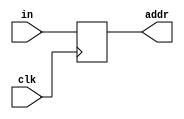
`timescale 1ns / 1ps
//////////////////////////////////////////////////////////////////////////////////
// Company: 
// Engineer: 
// 
// Design Name: 
// Module Name: PC
// Project Name: 
// Target Devices: 
// Tool Versions: 
// Description: 
// 
// Dependencies: 
// 
// Revision:
// Revision 0.01 - File Created
// Additional Comments:
// 
//////////////////////////////////////////////////////////////////////////////////


module PC(input clk, output reg [31:0] addr, input [31:0] in);
    initial begin
        addr = 0;
    end
    always @(posedge clk) begin
        addr <= in;
    end
endmodule